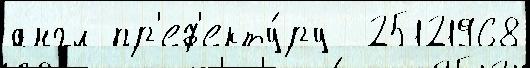
англ пр'еф'екту́ру  25121968